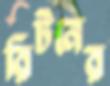
রিটনের